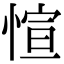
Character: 愃